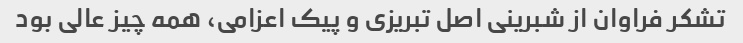
تشکر فراوان از شبرینی اصل تبریزی و پیک اعزامی، همه چیز عالی بود